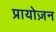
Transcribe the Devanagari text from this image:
प्रायोज़न